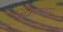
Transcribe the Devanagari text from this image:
संकल्पवाद।